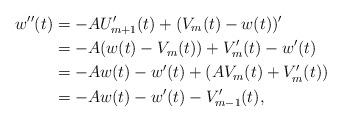
LaTeX: \begin{align*}w''(t)&=-AU_{m+1}'(t)+(V_m(t)-w(t))'\\&=-A(w(t)-V_m(t))+V_m'(t)-w'(t)\\&=-Aw(t)-w'(t)+(AV_m(t)+V_m'(t))\\&=-Aw(t)-w'(t)-V_{m-1}'(t),\end{align*}